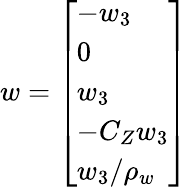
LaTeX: w=\left[\begin{array}{l}{-w_{3}}\\ {0}\\ {w_{3}}\\ {-C_{Z}w_{3}}\\ {w_{3}/\rho_{w}}\end{array}\right]